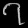
Digit: ၇